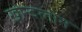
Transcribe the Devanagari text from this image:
ख़ोन्दलोन